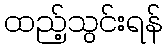
ထည့်သွင်းရန်